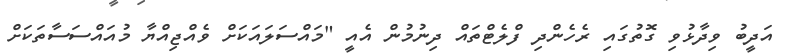
އަދީބު ވިދާޅުވި ގޮތުގައި ރެހެންދި ފްލެޓްތައް ދިނުމުން އެއީ "މައްސަލައަކަށް ވެއްޖިއްޔާ މުއައްސަސާތަކަށް